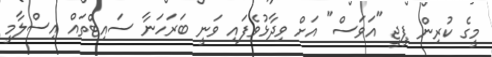
މީގެ ކުރިން ޕީޖީ "އަވަސް" އަށް ވިދާޅުވެފައި ވަނީ ބަރަހަނާ ސައިޓްތައް އިސްލާމީ